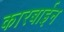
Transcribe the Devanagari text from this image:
कारबाईन